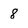
Character: 8